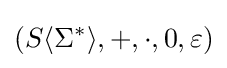
(S\langle \Sigma ^{*}\rangle ,+,\cdot ,0,\varepsilon )